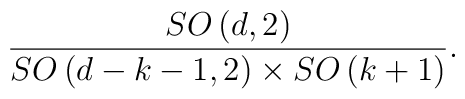
\frac{SO\left( d,2\right) }{SO\left( d-k-1,2\right) \times SO\left(k+1\right) }.